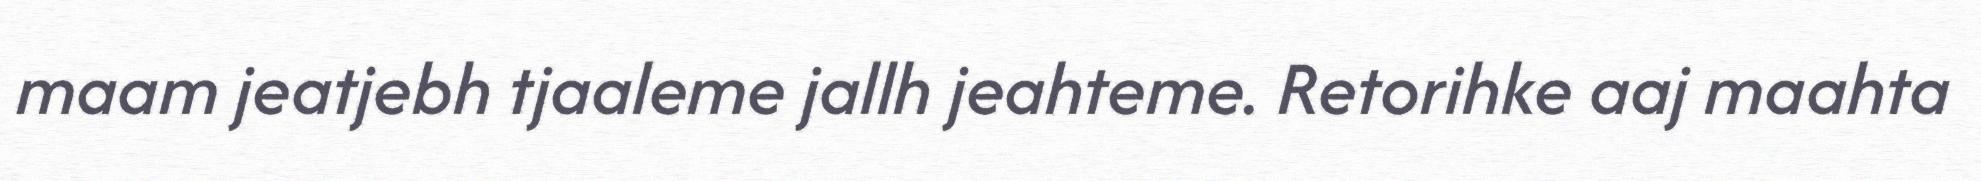
maam jeatjebh tjaaleme jallh jeahteme. Retorihke aaj maahta